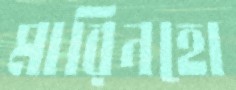
মারিনহো